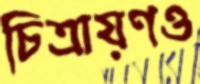
চিত্রায়ণও